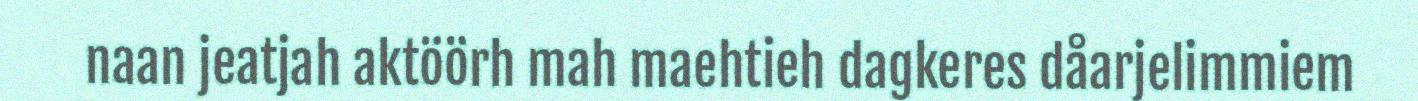
naan jeatjah aktöörh mah maehtieh dagkeres dåarjelimmiem